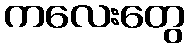
ကလေးတွေ